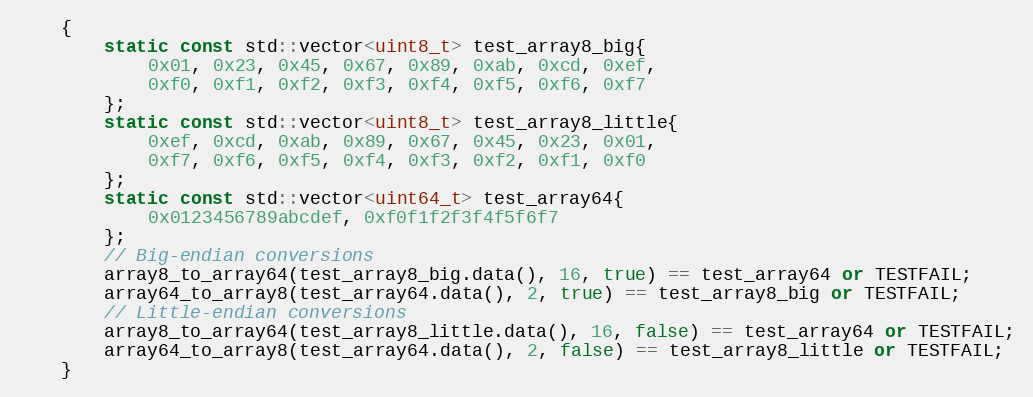
Language: C++
	{
		static const std::vector<uint8_t> test_array8_big{
			0x01, 0x23, 0x45, 0x67, 0x89, 0xab, 0xcd, 0xef,
			0xf0, 0xf1, 0xf2, 0xf3, 0xf4, 0xf5, 0xf6, 0xf7
		};
		static const std::vector<uint8_t> test_array8_little{
			0xef, 0xcd, 0xab, 0x89, 0x67, 0x45, 0x23, 0x01,
			0xf7, 0xf6, 0xf5, 0xf4, 0xf3, 0xf2, 0xf1, 0xf0
		};
		static const std::vector<uint64_t> test_array64{
			0x0123456789abcdef, 0xf0f1f2f3f4f5f6f7
		};
		// Big-endian conversions
		array8_to_array64(test_array8_big.data(), 16, true) == test_array64 or TESTFAIL;
		array64_to_array8(test_array64.data(), 2, true) == test_array8_big or TESTFAIL;
		// Little-endian conversions
		array8_to_array64(test_array8_little.data(), 16, false) == test_array64 or TESTFAIL;
		array64_to_array8(test_array64.data(), 2, false) == test_array8_little or TESTFAIL;
	}